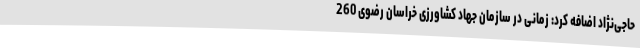
حاجی‌نژاد اضافه کرد: زمانی در سازمان جهاد کشاورزی خراسان رضوی 260